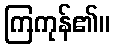
ကြကုန်၏။